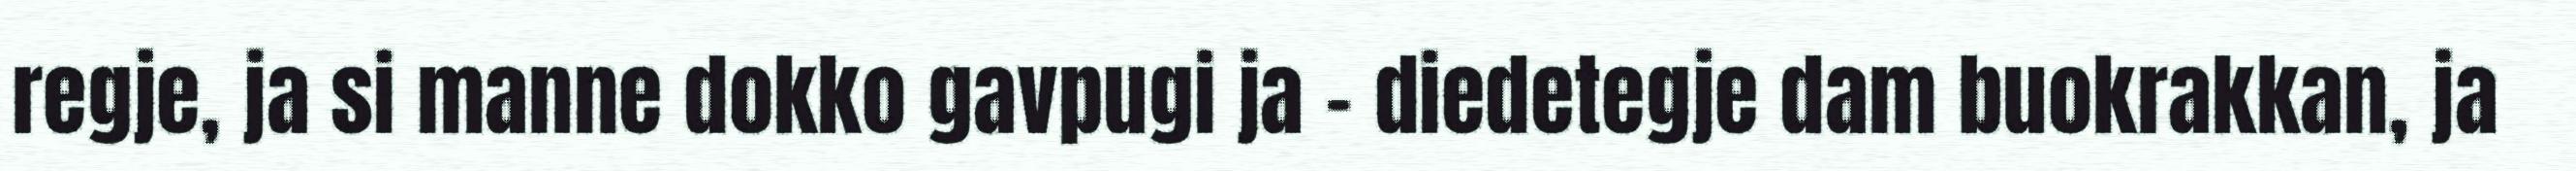
regje, ja si manne dokko gavpugi ja - diedetegje dam buokrakkan, ja